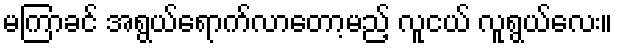
မကြာခင် အရွယ်ရောက်လာတော့မည့် လူငယ် လူရွယ်လေး။